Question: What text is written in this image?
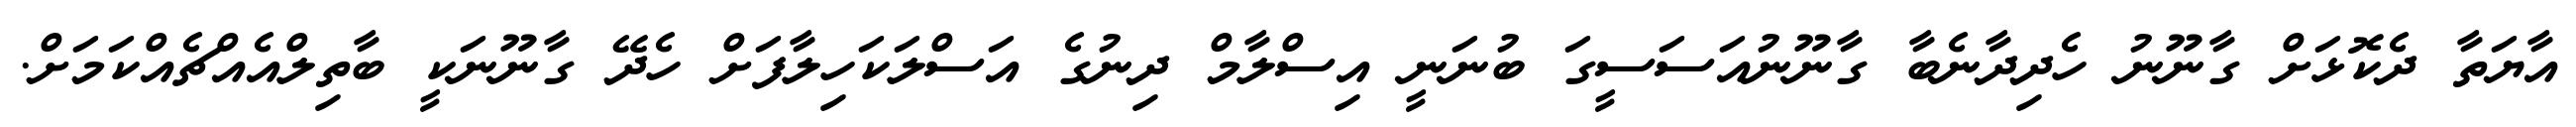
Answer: އާޔަތާ ދެކޮޅަށް ގާނޫނު ހެދިދާނެބާ ގާނޫނުއަސަސީގަ ބުނަނީ އިސްލާމް ދިނުގެ އަސްލަކަހިލާފަށް ހެދޭ ގާނޫނަކީ ބާތިލްއެއްޗެއްކަމަށް.